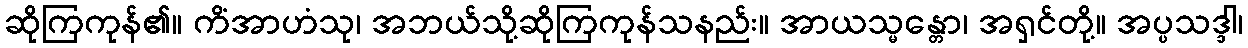
ဆိုကြကုန်၏။ ကိံအာဟံသု၊ အဘယ်သို့ဆိုကြကုန်သနည်း။ အာယသ္မန္တော၊ အရှင်တို့။ အပ္ပသဒ္ဒါ၊